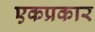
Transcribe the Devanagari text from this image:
एकप्रकार